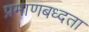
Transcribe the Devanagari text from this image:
प्रमाणबध्दता